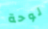
لوحة